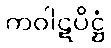
ကဝါဋပိဋ္ဌံ